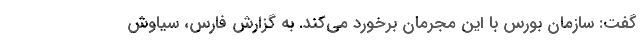
گفت: سازمان بورس با این مجرمان برخورد می‌کند. به گزارش فارس، سیاوش